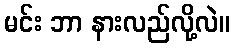
မင်း ဘာ နားလည်လို့လဲ။